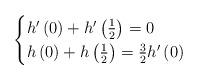
LaTeX: \begin{align*}\begin{cases}h'\left(0\right)+h'\left(\tfrac{1}{2}\right)=0\\h\left(0\right)+h\left(\tfrac{1}{2}\right)=\tfrac{3}{2}h'\left(0\right)\end{cases}\end{align*}